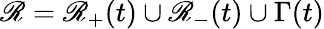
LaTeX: \mathscr{R}=\mathscr{R}_{+}(t)\cup\mathscr{R}_{-}(t)\cup\Gamma(t)